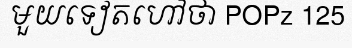
មួយទៀតហៅថា POPz 125